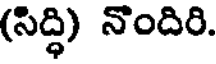
(సిద్ధి) నొందిరి.